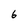
Character: 6